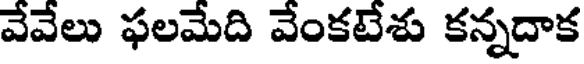
వేవేలు ఫలమేది వేంకటేశు కన్నదాక